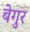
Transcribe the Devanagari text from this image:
बेगुर